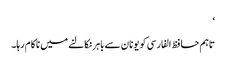
‘
تاہم حافظ الفارسی کو یونان سے باہر نکالنے میں ناکام رہا۔